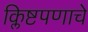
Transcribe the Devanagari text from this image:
क्लिष्टपणाचे